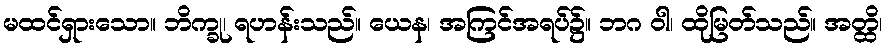
မထင်ရှားသော။ ဘိက္ခု၊ ရဟန်းသည်။ ယေန၊ အကြင်အရပ်၌။ ဘဂ ဝါ၊ ထိုမြတ်သည်။ အတ္ထိ၊